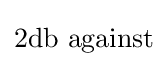
2{\text{db against}}